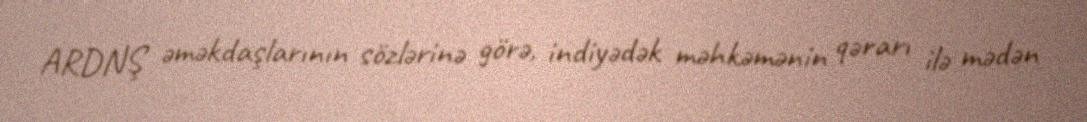
ARDNŞ əməkdaşlarının sözlərinə görə, indiyədək məhkəmənin qərarı ilə mədən